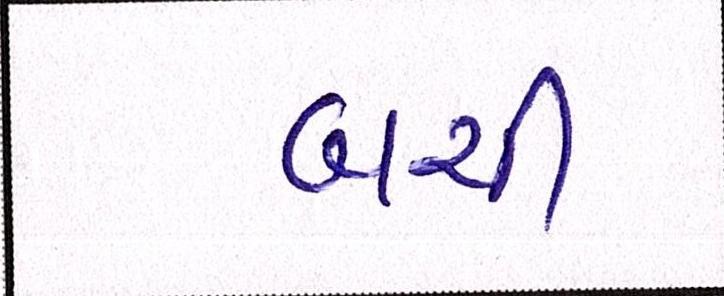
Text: બચી